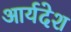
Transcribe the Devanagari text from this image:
आर्यदेश